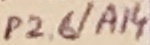
Text: P2.6/A14